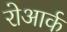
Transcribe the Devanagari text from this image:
रोआर्क